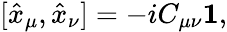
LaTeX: [\hat{x}_{\mu},\hat{x}_{\nu}]=-iC_{\mu\nu}{\mathbf 1},